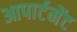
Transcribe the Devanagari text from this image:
आपार्टमेंट